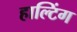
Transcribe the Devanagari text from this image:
हाल्टिंग